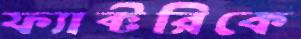
ফ্যাক্টরিকে